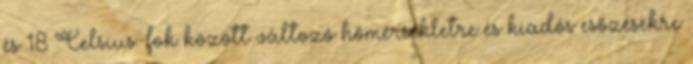
és 18 Celsius-fok között változó hőmérsékletre és kiadós esőzésekre